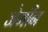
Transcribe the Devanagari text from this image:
जेमीन